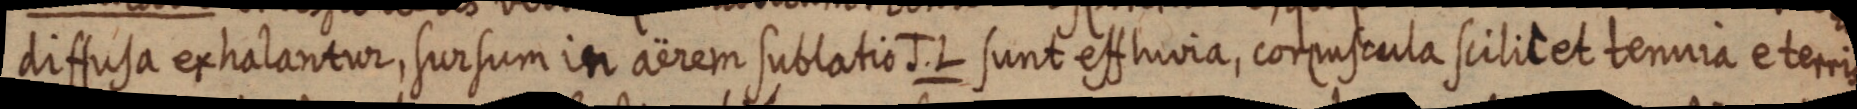
ithula ertalantior, siorsum itr aerem sublatio surit effluvia, corpuscula scilicet tenuria e terris